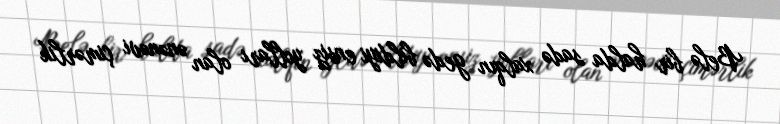
Belə bir halda sadə xalqın gedə bildiyi ensiz yolları olan ənənəvi çimərlik